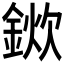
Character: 𨨢